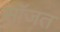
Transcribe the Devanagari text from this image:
सॉजत